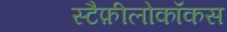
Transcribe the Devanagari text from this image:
स्टैफ़ीलोकॉकस